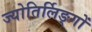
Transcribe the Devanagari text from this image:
ज्योतिर्लिङ्गों